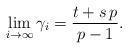
LaTeX: \begin{align*}\lim_{i\to\infty} \gamma_i=\frac{t+s\,p}{p-1}.\end{align*}